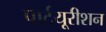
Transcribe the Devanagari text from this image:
पार्टयूरीशन